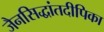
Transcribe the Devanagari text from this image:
जैनसिद्धांतदीपिका